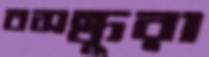
বসন্ধুরা